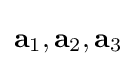
\mathbf {a} _{1},\mathbf {a} _{2},\mathbf {a} _{3}